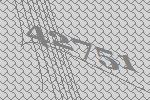
42751